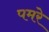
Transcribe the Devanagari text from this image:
पमरे